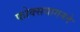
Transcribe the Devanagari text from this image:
फोक्सवागनने